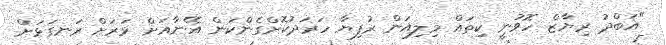
"އަބްދު ރިޔާޒް ހޮވުނީ ކިތައް މިލިއަން ރުފިޔާ ހަރަދުކޮށްގެންކަން އޭނާއަށް ވަރަށް ރަނގަޅަށް